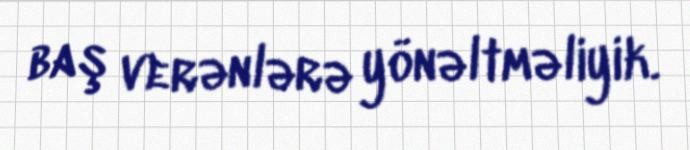
baş verənlərə yönəltməliyik.